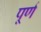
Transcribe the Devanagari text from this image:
पूर्ण